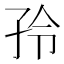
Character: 𰌤